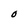
Character: O